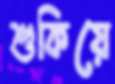
শুকিয়ে